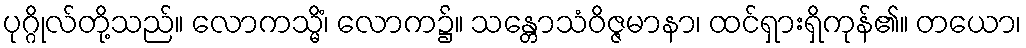
ပုဂ္ဂိုလ်တို့သည်။ လောကသ္မိံ၊ လောက၌။ သန္တောသံဝိဇ္ဇမာနာ၊ ထင်ရှားရှိကုန်၏။ တယော၊